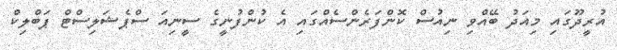
އުރީދޫގައި މިއަދު ބޭއްވި ނިއުސް ކޮންފަރެންސެއްގައި އެ ކުންފުނީގެ ސީނިއަ ސްޕެޝަލިސްޓް ޕަބްލިކް